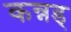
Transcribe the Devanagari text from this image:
कन्नड्